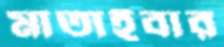
মাতাইবার